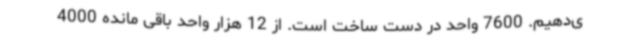
ی‌دهیم. 7600 واحد در دست ساخت است. از 12 هزار واحد باقی مانده 4000